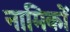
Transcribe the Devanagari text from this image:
नामिकों